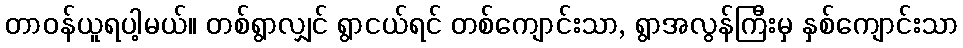
တာဝန်ယူရပါ့မယ်။ တစ်ရွာလျှင် ရွာငယ်ရင် တစ်ကျောင်းသာ, ရွာအလွန်ကြီးမှ နှစ်ကျောင်းသာ